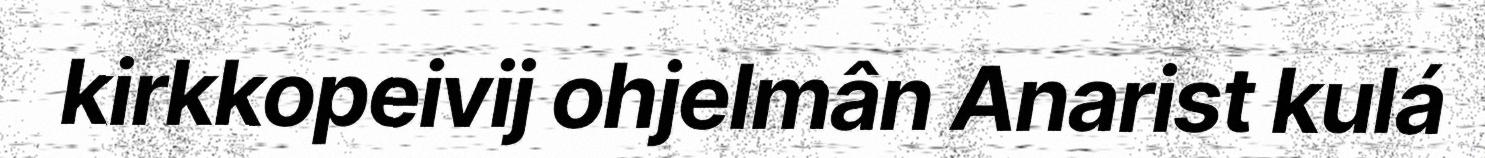
kirkkopeivij ohjelmân Anarist kulá